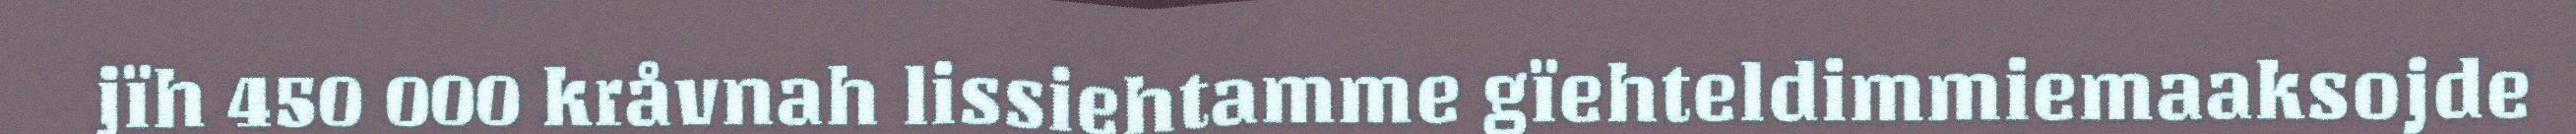
jïh 450 000 kråvnah lissiehtamme gïehteldimmiemaaksojde